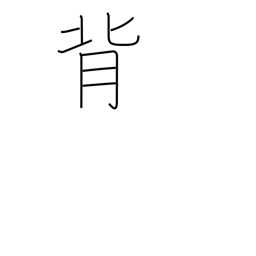
Meaning: go back on